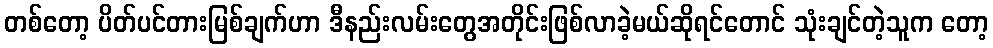
တစ်တော့ ပိတ်ပင်တားမြစ်ချက်ဟာ ဒီနည်းလမ်းတွေအတိုင်းဖြစ်လာခဲ့မယ်ဆိုရင်တောင် သုံးချင်တဲ့သူက တော့